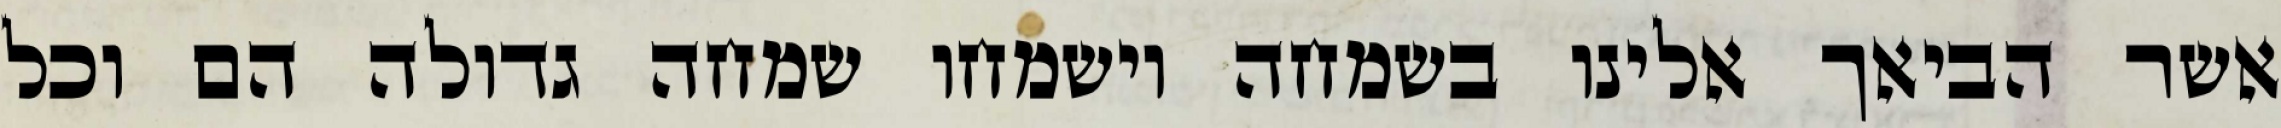
אשר הביאך אלינו בשמחה וישמחו שמחה גדולה הם וכל